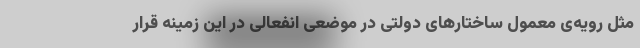
مثل رویه‌ی معمول ساختارهای دولتی در موضعی انفعالی در این زمینه قرار